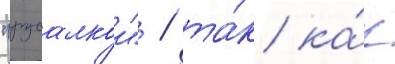
"русалкои" / та́к ка́к